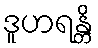
ဒူဟရန္တိ